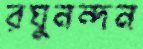
রঘুনন্দন